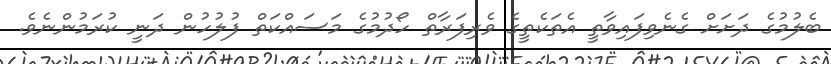
ބެލުމުގެ ދަށަށް ގެނެވިފައިވާތީ އެތަކެތީގެ ވެރިފަރާތް ހޯދުމުގެ މަސައްކަތް ފުލުހުން ދަނީ ކުރަމުންނެވެ.